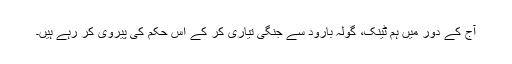
آج کے دور میں ہم ٹینک، گولہ بارود سے جنگی تیاری کر کے اس حکم کی پیروی کر رہے ہیں۔